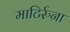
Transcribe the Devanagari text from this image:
माटिर्रुना